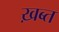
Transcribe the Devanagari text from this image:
ख़ब्त